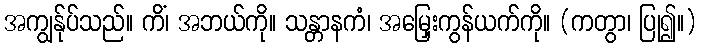
အကျွန်ုပ်သည်။ ကိံ၊ အဘယ်ကို။ သန္တာနကံ၊ အမြှေးကွန်ယက်ကို။ (ကတွာ၊ ပြု၍။)